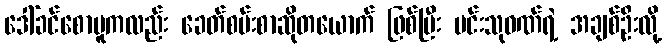
ဒေါ်ခင်စောမူကလည်း ခေတ်စမ်းစာဆိုတယောက် ဖြစ်ပြီး မင်းသုဝဏ်ရဲ့ အချစ်ဦးလို့